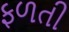
ફળતી